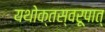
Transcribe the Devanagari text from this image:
यथोक्तस्वरूपात्‌